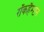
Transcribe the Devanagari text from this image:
रॉकहैम्प्टन